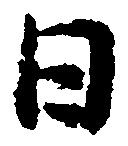
日